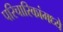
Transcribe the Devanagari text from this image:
परिचारिकांमध्ये